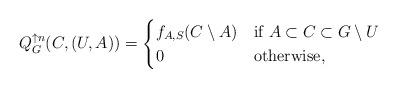
LaTeX: \begin{align*}Q_{G}^{\uparrow n}(C,(U,A)) = \begin{cases} f_{A,S}(C \setminus A) & \mbox{if $A \subset C \subset G \setminus U$} \\ 0 & \mbox{otherwise}, \end{cases} \end{align*}